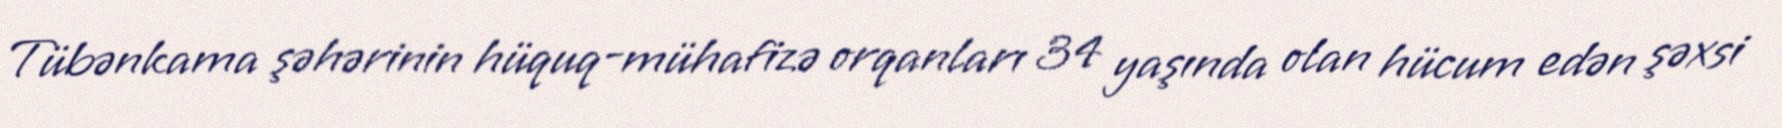
Tübənkama şəhərinin hüquq-mühafizə orqanları 34 yaşında olan hücum edən şəxsi